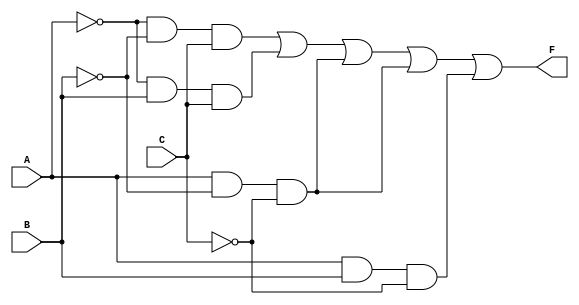
/*
Implementation of custom gate SOP: 1,3,4,6
Created by jefflgaol@icloud.com
*/

module dataflow_gate_1 (
    output wire F,
    input wire A, B, C
);

    assign F = (~A & ~B & C)  |
               (~A & B  & C)  |
               (A  & ~B & ~C) |
               (A  & ~B & ~C) |
               (A  & B  & ~C);

endmodule

module tb_dataflow_gate_1 ();

reg a, b, c;
wire f;

dataflow_gate_1 gate_1(.F(f), .A(a), .B(b), .C(c));

initial
    begin
        $dumpfile("dataflow_gate_1.vcd");
        $dumpvars(0, tb_dataflow_gate_1);
        a = 1'b0;
        b = 1'b0;
        c = 1'b0;
        #1
        a = 1'b0;
        b = 1'b0;
        c = 1'b1;
        #1
        a = 1'b0;
        b = 1'b1;
        c = 1'b0;
        #1
        a = 1'b0;
        b = 1'b1;
        c = 1'b1;
        #1
        a = 1'b1;
        b = 1'b0;
        c = 1'b0;
        #1
        a = 1'b1;
        b = 1'b0;
        c = 1'b1;
        #1
        a = 1'b1;
        b = 1'b1;
        c = 1'b0;
        #1
        a = 1'b1;
        b = 1'b1;
        c = 1'b1;
        $finish;
    end

always @(f)
    $monitor("time=%0t \t a = %b b = %b c = %b y = %b", $time, a, b, c, f);

endmodule